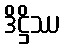
ဒိဋ္ဌိဿ